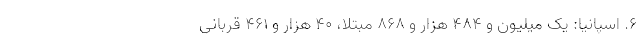
۶. اسپانیا: یک میلیون و ۴۸۴ هزار و ۸۶۸ مبتلا، ۴۰ هزار و ۴۶۱ قربانی